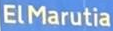
ElMarutia